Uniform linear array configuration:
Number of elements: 48
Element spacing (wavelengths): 0.75
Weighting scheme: cosine
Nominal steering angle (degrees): -15
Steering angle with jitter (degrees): -15.123
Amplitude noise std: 0.05
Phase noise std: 0.05

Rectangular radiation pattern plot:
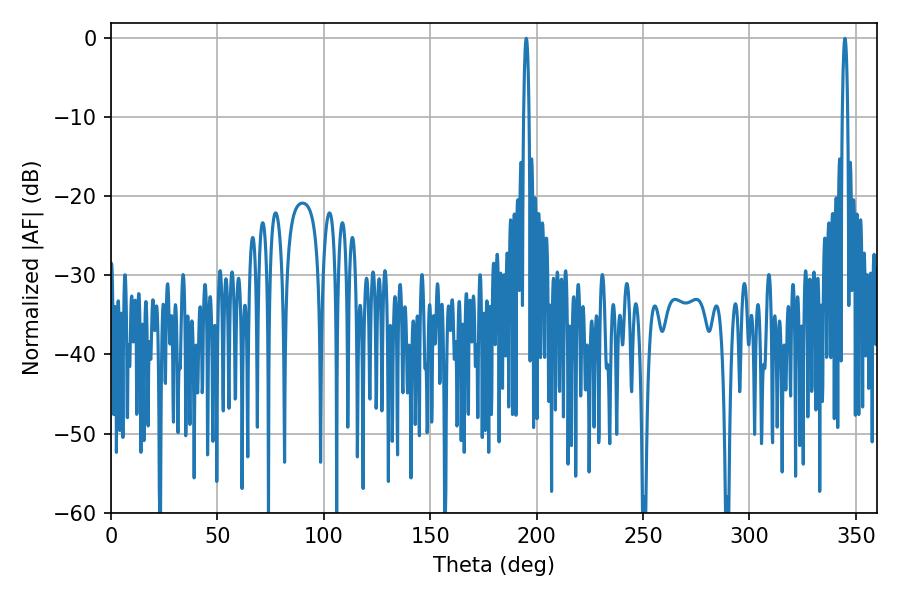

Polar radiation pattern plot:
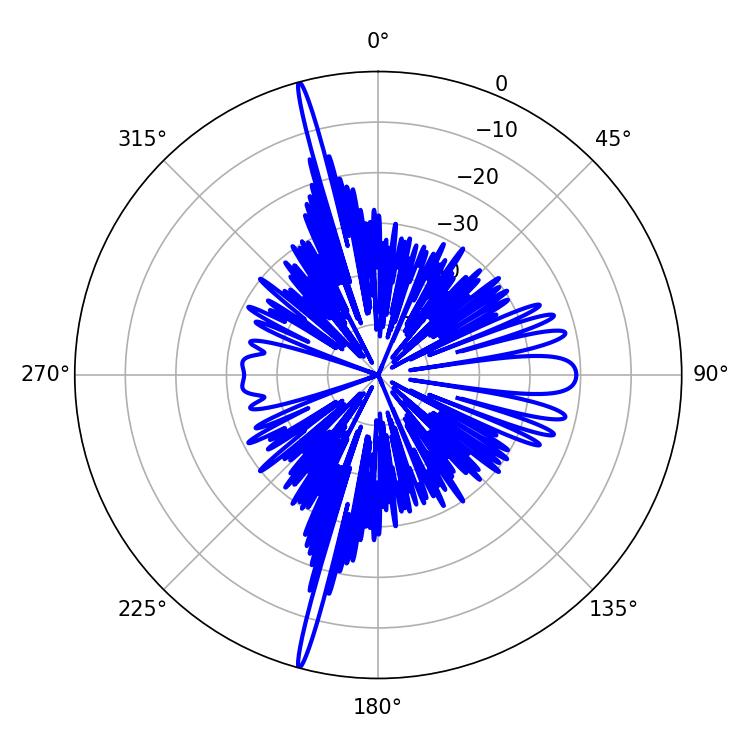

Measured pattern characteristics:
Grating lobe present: TRUE
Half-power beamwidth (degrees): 1.44
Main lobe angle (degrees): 195.12